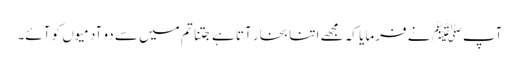
آپﷺ نے فرمایا کہ مجھے اتنا بخار آتا ہے جتنا تم میں سے دو آدمیوں کو آئے۔